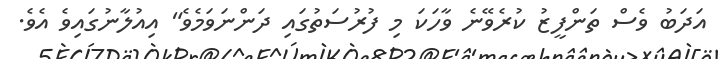
އަދަބު ވެސް ތަންފީޒު ކުރެވޭނެ ވާހަކަ މި ފުރުސަތުގައި ދަންނަވަމެވެ" އިއުލާނުގައިވެ އެވެ.